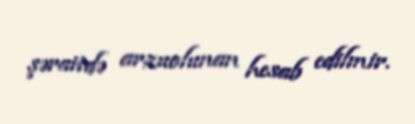
şəraitdə arzuolunan hesab edilmir.